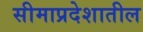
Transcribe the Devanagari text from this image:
सीमाप्रदेशातील